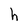
Character: h